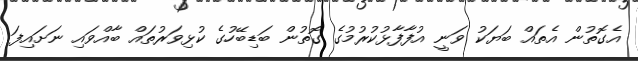
އެގޮތުން އެތައް ބަޔަކު ވަނީ އުފާފާޅުކުރުމުގެ ގޮތުން ބަޑިބޭހުގެ ކުޅިވަރުތައް ބާއްވައި ނަށައިފަ